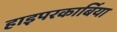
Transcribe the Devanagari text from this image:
हाइपरकार्बिया